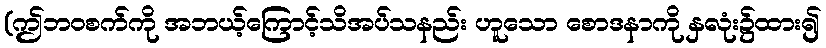
(ဤဘဝစက်ကို အဘယ့်ကြောင့်သိအပ်သနည်း ဟူသော စောဒနာကို နှလုံး၌ထား၍